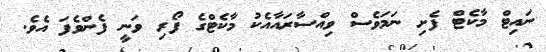
ނައިޓް މާކެޓް ފެށި ނަމަވެސް ވިއްސާރައާއެކު މާކެޓްގެ ފޯރި ވަނީ ފެންވެފަ އެވެ.